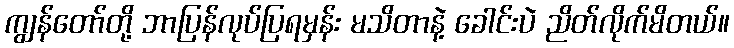
ကျွန်တော်တို့ ဘာပြန်လုပ်ပြရမှန်း မသိတာနဲ့ ခေါင်းပဲ ညိတ်လိုက်မိတယ်။